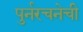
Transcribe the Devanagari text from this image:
पुर्नरचनेची